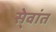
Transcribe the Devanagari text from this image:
से्वांत